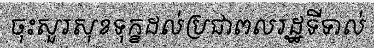
ចុះសួរសុខទុក្ខដល់ប្រជាពលរដ្ឋទីទាល់